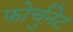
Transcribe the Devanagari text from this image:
फोर्चुनेट